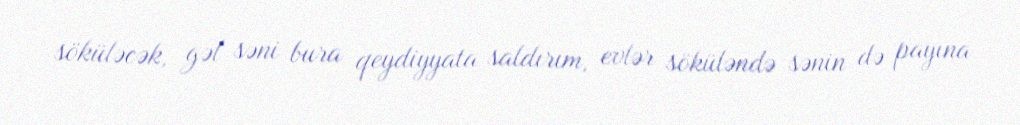
söküləcək, gəl səni bura qeydiyyata saldırım, evlər söküləndə sənin də payına